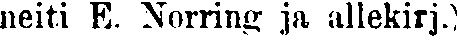
neiti E. Norring: ja allekirj.)